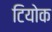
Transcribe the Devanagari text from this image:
टियोक